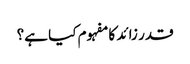
قدر زائد کا مفہوم کیا ہے؟